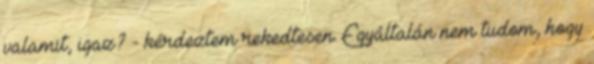
valamit, igaz? - kérdeztem rekedtesen. Egyáltalán nem tudom, hogy